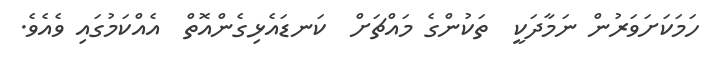
ހަމަކަށަވަރުން ނަމާދަކީ  ތަކުންގެ މައްޗަށް  ކަނޑައެޅިގެންއޮތް  އެއްކަމުގައި ވެއެވެ.